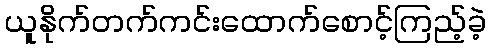
ယူနိုက်တက်ကင်းထောက်စောင့်ကြည့်ခဲ့